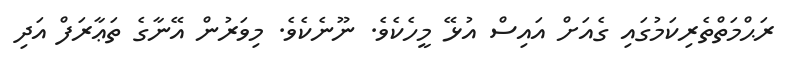
ރަޙްމަތްތެރިކަމުގައި ގެއަށް އައިސް އުޅޭ މީހެކެވެ. ނޫނެކެވެ. މިވަރުން އޭނާގެ ތަޢާރަފް އަދި